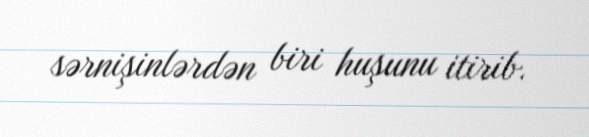
sərnişinlərdən biri huşunu itirib.